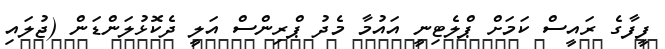
ފީފާގެ ރައީސް ކަމަށް ޕްލެޓިނީ އައުމާ މެދު ޕްރިންސް އަލީ ދެކޮޅުލަންޑަން (ޖުލައި